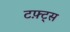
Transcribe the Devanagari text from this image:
टफ़्ट्स